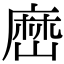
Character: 𡻤